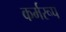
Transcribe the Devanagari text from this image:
कर्मरूप